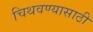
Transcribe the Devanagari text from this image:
चिथवण्यासाठी